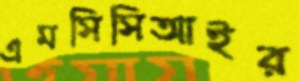
এমসিসিআইর